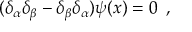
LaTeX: ( \delta _ { \alpha } \delta _ { \beta } - \delta _ { \beta } \delta _ { \alpha } ) \psi ( x ) = 0 \, \, \, ,